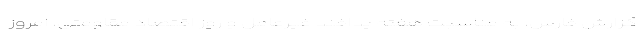
گزارش فارس، به مناسبت هفته پدافند غیرعامل و روز اقتصاد مقاومتی، امروز